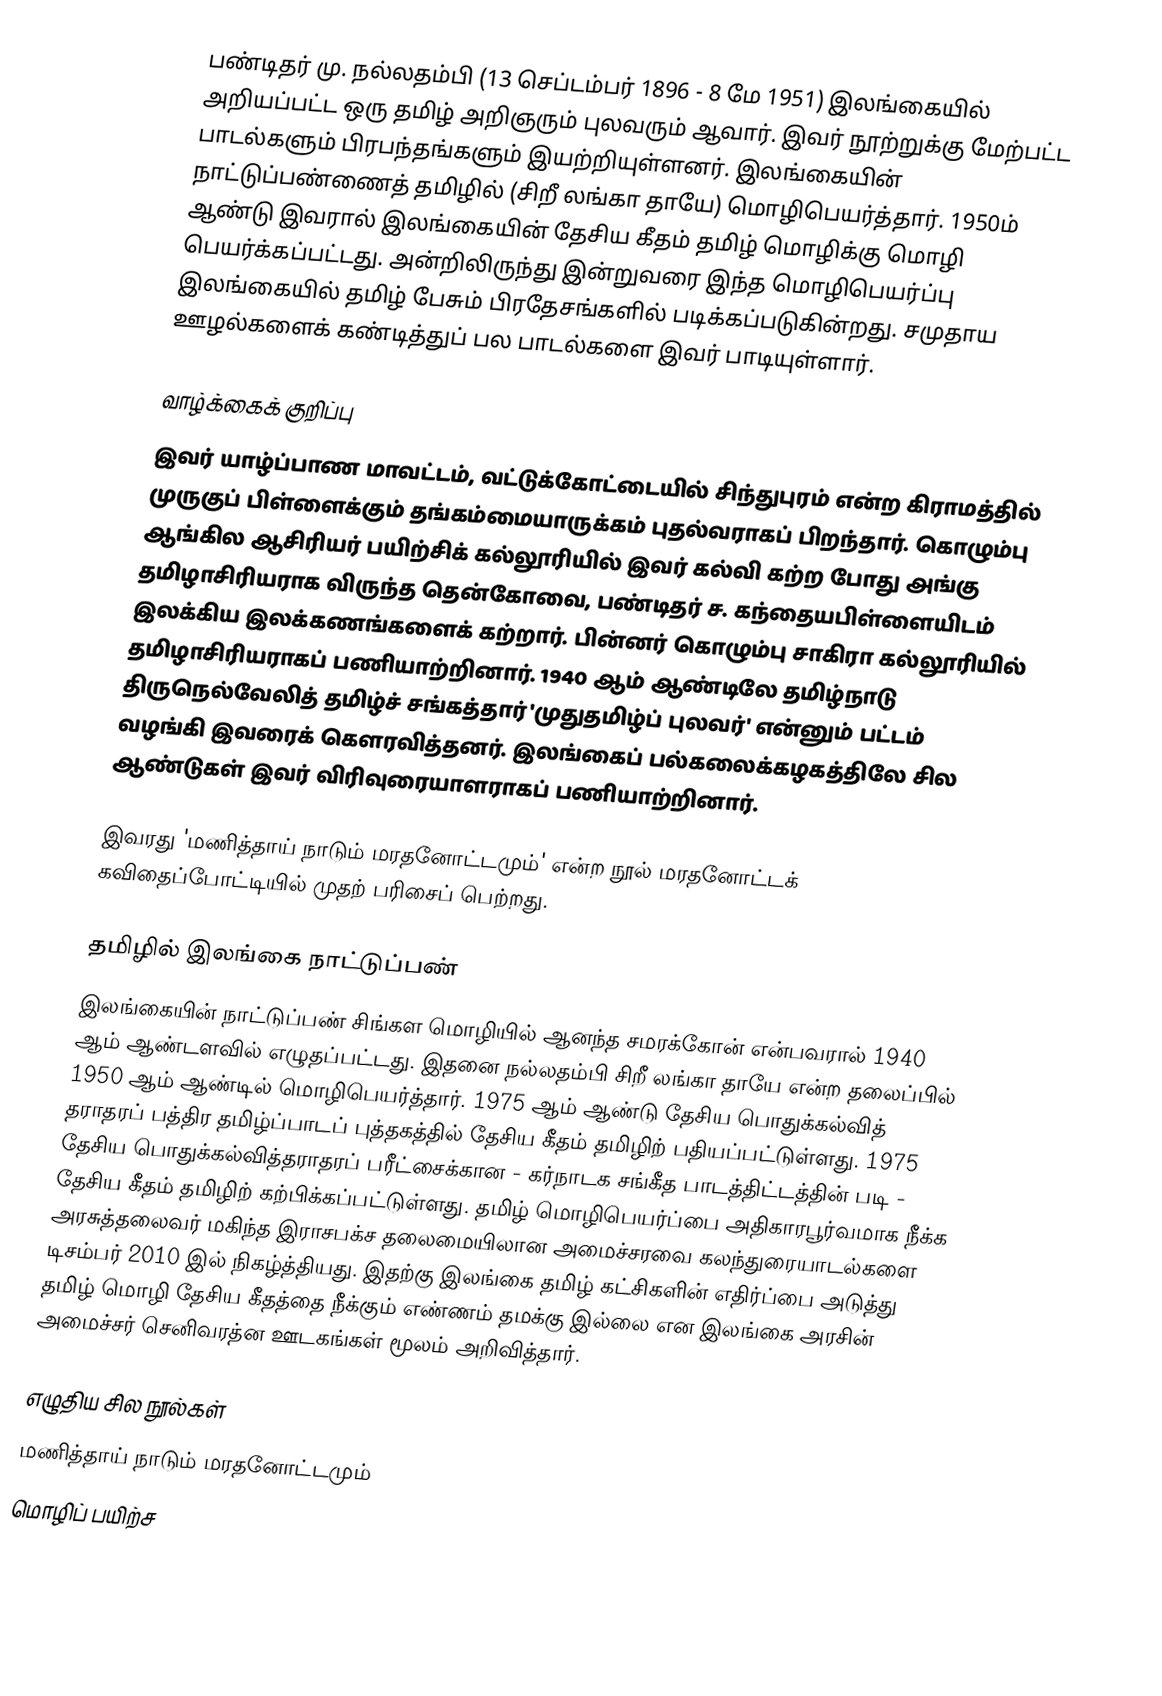
பண்டிதர் மு. நல்லதம்பி (13 செப்டம்பர் 1896 - 8 மே 1951) இலங்கையில் அறியப்பட்ட ஒரு தமிழ் அறிஞரும் புலவரும் ஆவார். இவர் நூற்றுக்கு மேற்பட்ட பாடல்களும் பிரபந்தங்களும் இயற்றியுள்ளனர். இலங்கையின் நாட்டுப்பண்ணைத் தமிழில் (சிறீ லங்கா தாயே) மொழிபெயர்த்தார். 1950ம் ஆண்டு இவரால் இலங்கையின் தேசிய கீதம் தமிழ் மொழிக்கு மொழி பெயர்க்கப்பட்டது. அன்றிலிருந்து இன்றுவரை இந்த மொழிபெயர்ப்பு இலங்கையில் தமிழ் பேசும் பிரதேசங்களில் படிக்கப்படுகின்றது. சமுதாய ஊழல்களைக் கண்டித்துப் பல பாடல்களை இவர் பாடியுள்ளார்.

வாழ்க்கைக் குறிப்பு
இவர் யாழ்ப்பாண மாவட்டம், வட்டுக்கோட்டையில் சிந்துபுரம் என்ற கிராமத்தில் முருகுப் பிள்ளைக்கும் தங்கம்மையாருக்கம் புதல்வராகப் பிறந்தார். கொழும்பு ஆங்கில ஆசிரியர் பயிற்சிக் கல்லூரியில் இவர் கல்வி கற்ற போது அங்கு தமிழாசிரியராக விருந்த தென்கோவை, பண்டிதர் ச. கந்தையபிள்ளையிடம் இலக்கிய இலக்கணங்களைக் கற்றார். பின்னர் கொழும்பு சாகிரா கல்லூரியில் தமிழாசிரியராகப் பணியாற்றினார். 1940 ஆம் ஆண்டிலே தமிழ்நாடு திருநெல்வேலித் தமிழ்ச் சங்கத்தார் 'முதுதமிழ்ப் புலவர்' என்னும் பட்டம் வழங்கி இவரைக் கௌரவித்தனர். இலங்கைப் பல்கலைக்கழகத்திலே சில ஆண்டுகள் இவர் விரிவுரையாளராகப் பணியாற்றினார்.

இவரது 'மணித்தாய் நாடும் மரதனோட்டமும்' என்ற நூல் மரதனோட்டக் கவிதைப்போட்டியில் முதற் பரிசைப் பெற்றது.

தமிழில் இலங்கை நாட்டுப்பண்
இலங்கையின் நாட்டுப்பண் சிங்கள மொழியில் ஆனந்த சமரக்கோன் என்பவரால் 1940 ஆம் ஆண்டளவில் எழுதப்பட்டது. இதனை நல்லதம்பி சிறீ லங்கா தாயே என்ற தலைப்பில் 1950 ஆம் ஆண்டில் மொழிபெயர்த்தார். 1975 ஆம் ஆண்டு தேசிய பொதுக்கல்வித் தராதரப் பத்திர தமிழ்ப்பாடப் புத்தகத்தில் தேசிய கீதம் தமிழிற் பதியப்பட்டுள்ளது. 1975 தேசிய பொதுக்கல்வித்தராதரப் பரீட்சைக்கான - கர்நாடக சங்கீத பாடத்திட்டத்தின் படி - தேசிய கீதம் தமிழிற் கற்பிக்கப்பட்டுள்ளது. தமிழ் மொழிபெயர்ப்பை அதிகாரபூர்வமாக நீக்க அரசுத்தலைவர் மகிந்த இராசபக்ச தலைமையிலான அமைச்சரவை கலந்துரையாடல்களை டிசம்பர் 2010 இல் நிகழ்த்தியது. இதற்கு இலங்கை தமிழ் கட்சிகளின் எதிர்ப்பை அடுத்து தமிழ் மொழி தேசிய கீதத்தை நீக்கும் எண்ணம் தமக்கு இல்லை என இலங்கை அரசின் அமைச்சர் செனிவரத்ன ஊடகங்கள் மூலம் அறிவித்தார்.

எழுதிய சில நூல்கள்
மணித்தாய் நாடும் மரதனோட்டமும்
மொழிப் பயிற்ச